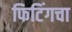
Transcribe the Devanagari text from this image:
फिटिंगचा